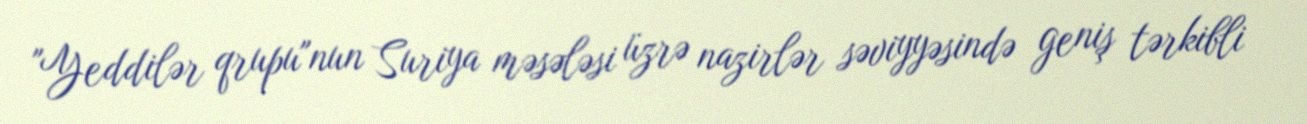
"Yeddilər qrupu"nun Suriya məsələsi üzrə nazirlər səviyyəsində geniş tərkibli